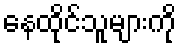
နေထိုင်သူများကို